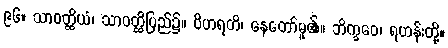
၉၆။ သာဝတ္ထိယံ၊ သာဝတ္ထိပြည်၌။ ဝိဟရတိ၊ နေတော်မူ၏။ ဘိက္ခဝေ၊ ရဟန်းတို့။